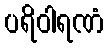
ပရိဝါရဏံ